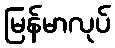
မြန်မာလုပ်